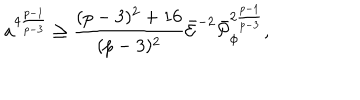
LaTeX: a ^ { 4 { \frac { p - 1 } { p - 3 } } } \geq { \frac { ( p - 3 ) ^ { 2 } + 1 6 } { ( p - 3 ) ^ { 2 } } } \bar { \cal E } ^ { - 2 } \bar { \cal P } _ { \phi } ^ { 2 { \frac { p - 1 } { p - 3 } } } ,